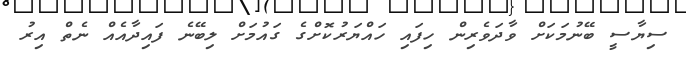
ސިޔާސީ ބޭނުމަކަށް ވާދަވެރިން ހިފައި ހައްޔަރުކޮށްގެ ގައުމަށް ލިބޭނެ ފައިދާއެއް ނެތް އިރު